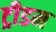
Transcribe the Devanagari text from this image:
ट्रीडम